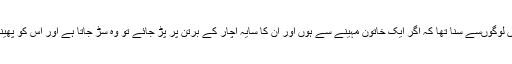
میں‌نے بچپن میں‌ لوگوں‌سے سنا تھا کہ اگر ایک خاتون مہینے سے ہوں اور ان کا سایہ اچار کے برتن پر پڑ جائے تو وہ سڑ جاتا ہے اور اس کو پھینکنا پڑ جاتا ہے۔